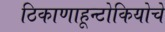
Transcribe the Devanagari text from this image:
ठिकाणाहून्टोकियोचे